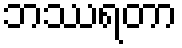
ဘဿရတာ